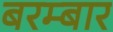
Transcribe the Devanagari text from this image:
बरम्बार